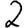
Digit: 2